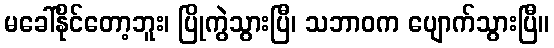
မခေါ်နိုင်တော့ဘူး၊ ပြိုကွဲသွားပြီ၊ သဘာဝက ပျောက်သွားပြီ။